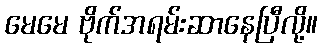
မေမေ ဗိုက်အရမ်းဆာနေပြီလို့။